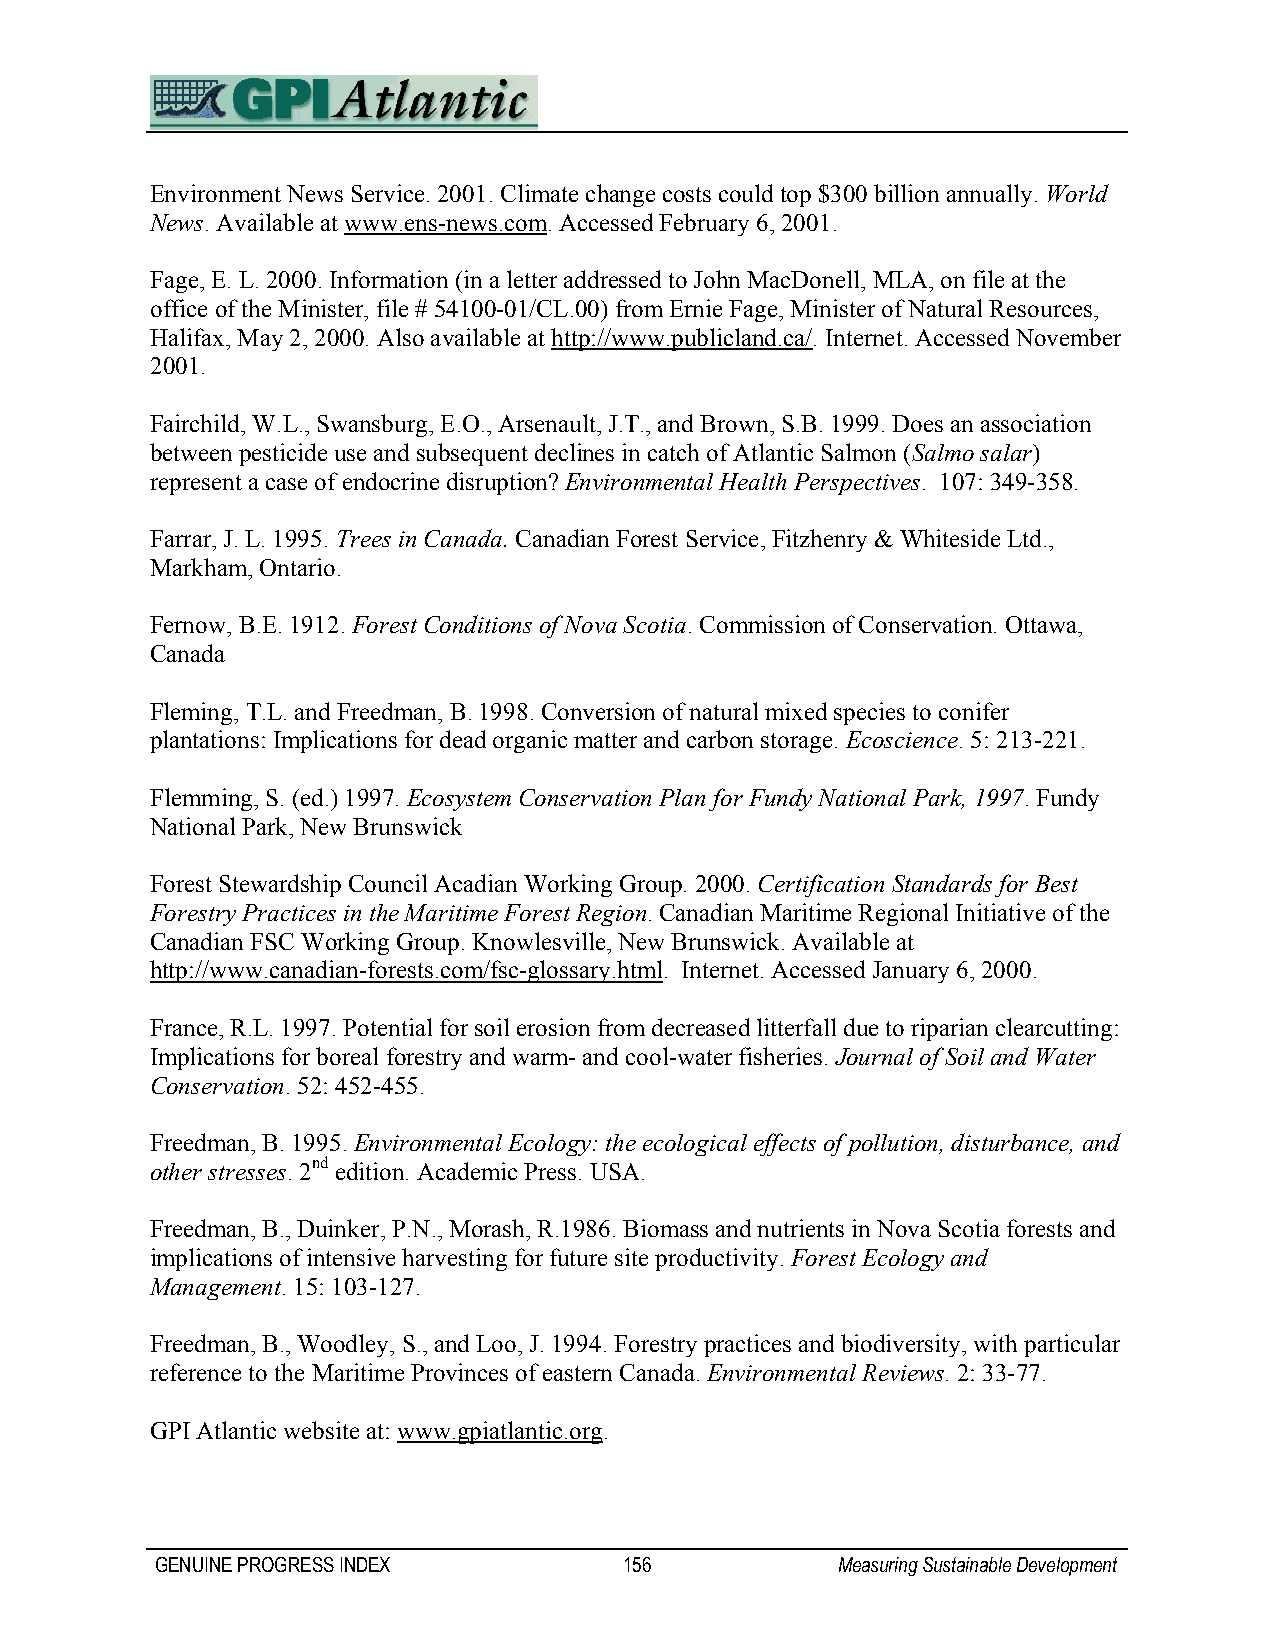
Environment News Service. 2001. Climate change costs could top $300 billion annually. World
 News. Available at www.ens-news.com. Accessed February 6, 2001.
 Fage, E. L. 2000. Information (in a letter addressed to John MacDonell, MLA, on file at the
 office of the Minister, file # 54100-01/CL.00) from Ernie Fage, Minister of Natural Resources,
 Halifax, May 2, 2000. Also available at http://www.publicland.ca/. Internet. Accessed November
 2001.
 Fairchild, W.L., Swansburg, E.O., Arsenault, J.T., and Brown, S.B. 1999. Does an association
 between pesticide use and subsequent declines in catch of Atlantic Salmon (Salmo salar)
 represent a case of endocrine disruption? Environmental Health Perspectives. 107: 349-358.
 Farrar, J. L. 1995. Trees in Canada. Canadian Forest Service, Fitzhenry & Whiteside Ltd.,
 Markham, Ontario.
 Fernow, B.E. 1912. Forest Conditions of Nova Scotia. Commission of Conservation. Ottawa,
 Canada
 Fleming, T.L. and Freedman, B. 1998. Conversion of natural mixed species to conifer
 plantations: Implications for dead organic matter and carbon storage. Ecoscience. 5: 213-221.
 Flemming, S. (ed.) 1997. Ecosystem Conservation Plan for Fundy National Park, 1997. Fundy
 National Park, New Brunswick
 Forest Stewardship Council Acadian Working Group. 2000. Certification Standards for Best
 Forestry Practices in the Maritime Forest Region. Canadian Maritime Regional Initiative of the
 Canadian FSC Working Group. Knowlesville, New Brunswick. Available at
 http://www.canadian-forests.com/fsc-glossary.html. Internet. Accessed January 6, 2000.
 France, R.L. 1997. Potential for soil erosion from decreased litterfall due to riparian clearcutting:
 Implications for boreal forestry and warm- and cool-water fisheries. Journal of Soil and Water
 Conservation. 52: 452-455.
 Freedman, B. 1995. Environmental Ecology: the ecological effects of pollution, disturbance, and
 other stresses. 2nd edition. Academic Press. USA.
 Freedman, B., Duinker, P.N., Morash, R.1986. Biomass and nutrients in Nova Scotia forests and
 implications of intensive harvesting for future site productivity. Forest Ecology and
 Management. 15: 103-127.
 Freedman, B., Woodley, S., and Loo, J. 1994. Forestry practices and biodiversity, with particular
 reference to the Maritime Provinces of eastern Canada. Environmental Reviews. 2: 33-77.
 GPI Atlantic website at: www.gpiatlantic.org.
 GENUINE PROGRESS INDEX         156           Measuring Sustainable Development